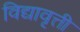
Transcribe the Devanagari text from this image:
विद्यावृत्ती